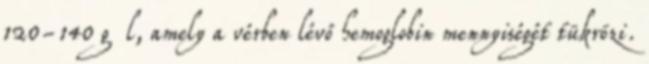
120-140 g l, amely a vérben lévő hemoglobin mennyiségét tükrözi.